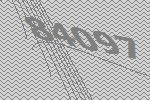
84097